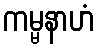
ကမ္မနာဟံ